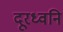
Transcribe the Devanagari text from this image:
दूरध्वनि